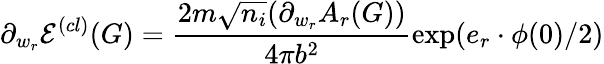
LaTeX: \partial_{w_{r}}\mathcal{E}^{(cl)}(G)=\frac{2m\sqrt{n_{i}}(\partial_{w_{r}}A_{r}(G))}{4\pi b^{2}}\exp(e_{r}\cdot\phi(0)/2)